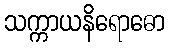
သက္ကာယနိရောဓော